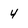
Character: 4